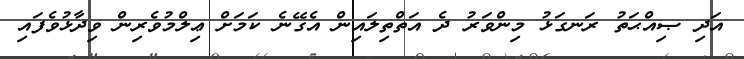
އަދި ޞިއްޙަތު ރަނގަޅު މިންވަރު ދެ އަތްތިލައިން އެގޭނެ ކަމަށް ޢިލްމުވެރިން ވިދާޅުވެފައި